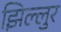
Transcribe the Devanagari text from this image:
झिल्लुर